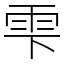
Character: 雫